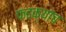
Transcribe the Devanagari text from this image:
फडक्यांच